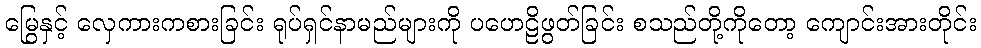
မြွေနှင့် လှေကားကစားခြင်း ရုပ်ရှင်နာမည်များကို ပဟေဠိဖွတ်ခြင်း စသည်တို့ကိုတော့ ကျောင်းအားတိုင်း